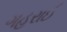
ગહરાઈ